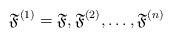
LaTeX: \begin{align*}\mathfrak{F}^{(1)}=\mathfrak{F},\mathfrak{F}^{(2)},\ldots,\mathfrak{F}^{(n)}\end{align*}